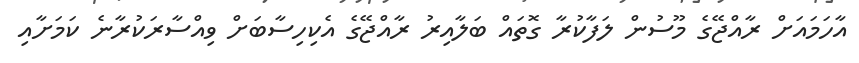
އާހަމައަށް ރާއްޖޭގެ މޫސުން ލަފާކުރާ ގޮތައް ބަލާއިރު ރާއްޖޭގެ އެކިހިސާބަށް ވިއްސާރަކުރާނެ ކަމަށާއި